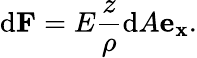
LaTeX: \mathrm{d}\mathbf{{F}}=E{\frac{{z}}{{\rho}}}\mathrm{d}A\mathbf{{e_{x}}}.